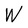
Character: W